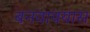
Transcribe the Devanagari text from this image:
बनवावयास